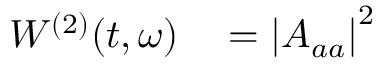
\begin{array} { r l } { W ^ { ( 2 ) } ( t , \omega ) } & { { } = \left| A _ { a a } \right| ^ { 2 } } \end{array}